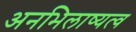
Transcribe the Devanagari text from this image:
अनभिलाष्यत्व